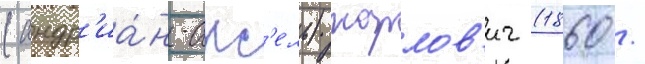
(андр'иа́н-акс'ель) карлов'ич (1860 /